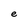
Character: e